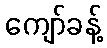
ကျော်ခန့်